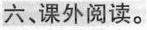
六，课外阅读。